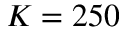
K = 2 5 0